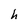
Character: h